Document type: Emphyteutic lease
Year: 1473
Scribe: [Unknown]
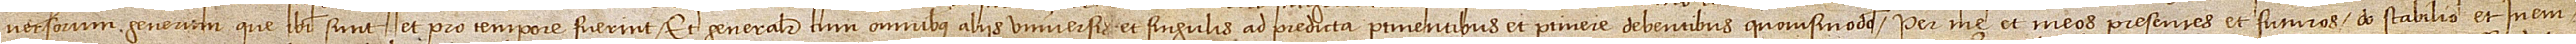
versorum generum que ibi sunt et pro tempore fuerint, et generaliter cum omnibus aliis universis et singulis ad predicta pertinentibus et pertinere debentibus quovismodo, per me et meos presentes et futuros do, stabilio et in em-